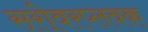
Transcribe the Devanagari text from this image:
सरोवरप्लवक